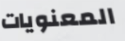
المعنويات